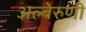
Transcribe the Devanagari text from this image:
अल्बेरुणी